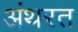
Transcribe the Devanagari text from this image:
अंथरत